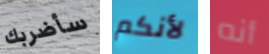
سأضربك لأنكم أنه